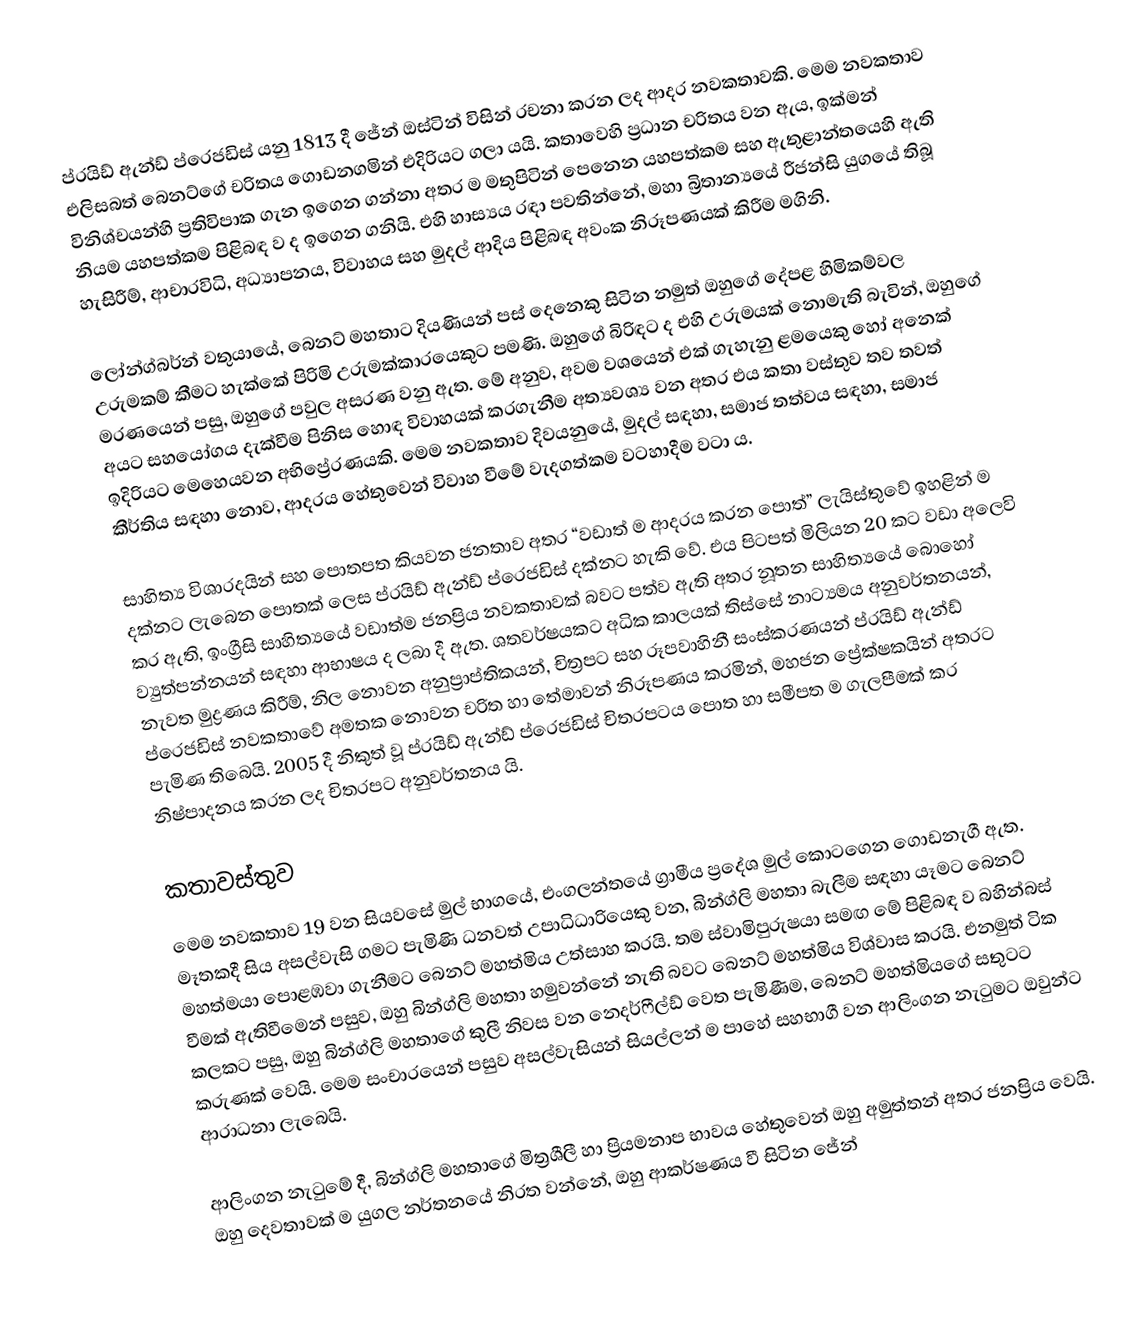
ප්රයිඩ් ඇන්ඩ් ප්රෙජඩිස්  යනු 1813 දී ජේන් ඔස්ටින් විසින් රචනා කරන ලද ආදර නවකතාවකි. මෙම නවකතාව එලිසබත් බෙනට්ගේ චරිතය ගොඩනගමින් එදිරියට ගලා යයි. කතාවෙහි ප්‍රධාන චරිතය වන ඇය, ඉක්මන් විනිශ්චයන්හි ප්‍රතිවිපාක ගැන ඉගෙන ගන්නා අතර ම මතුපිටින් පෙනෙන යහපත්කම සහ  ඇතුළාන්තයෙහි ඇති නියම යහපත්කම පිළිබඳ ව ද ඉගෙන ගනියි.  එහි හාස්‍යය රඳා පවතින්නේ, මහා බ්‍රිතාන්‍යයේ රීජන්සි යුගයේ තිබූ හැසිරීම්, ආචාරවිධි, අධ්‍යාපනය, විවාහය සහ මුදල් ආදිය පිළිබඳ අවංක නිරූපණයක් කිරීම මගිනි.

ලෝන්ග්බර්න් වතුයායේ, බෙනට් මහතාට දියණියන් පස් දෙනෙකු සිටින නමුත් ඔහුගේ දේපළ හිමිකම්වල උරුමකම් කීමට හැක්කේ පිරිමි උරුමක්කාරයෙකුට පමණි.  ඔහුගේ බිරිඳට ද එහි උරුමයක් නොමැති බැවින්, ඔහුගේ මරණයෙන් පසු, ඔහුගේ පවුල අසරණ වනු ඇත. මේ අනුව, අවම වශයෙන් එක් ගැහැනු ළමයෙකු හෝ අනෙක් අයට සහයෝගය දැක්වීම පිනිස හොඳ විවාහයක් කරගැනීම අත්‍යවශ්‍ය වන අතර එය කතා වස්තුව තව තවත් ඉදිරියට මෙහෙයවන අභිප්‍රේරණයකි.  මෙම නවකතාව දිවයනුයේ,  මුදල් සඳහා, සමාජ තත්වය සඳහා, සමාජ කීර්තිය සඳහා නොව, ආදරය හේතුවෙන් විවාහ වීමේ වැදගත්කම වටහාදීම වටා ය.

සාහිත්‍ය විශාරදයින් සහ පොතපත  කියවන ජනතාව අතර “වඩාත් ම ආදරය කරන පොත්” ලැයිස්තුවේ ඉහළින් ම දක්නට ලැබෙන පොතක් ලෙස ප්රයිඩ් ඇන්ඩ් ප්රෙජඩිස් දක්නට හැකි වේ.  එය පිටපත් මිලියන 20 කට වඩා අලෙවි කර ඇති, ඉංග්‍රීසි සාහිත්‍යයේ වඩාත්ම ජනප්‍රිය නවකතාවක් බවට පත්ව ඇති අතර නූතන සාහිත්‍යයේ බොහෝ ව්‍යුත්පන්නයන් සඳහා ආභාෂය ද ලබා දී ඇත. ශතවර්ෂයකට අධික කාලයක් තිස්සේ නාට්‍යමය අනුවර්තනයන්, නැවත මුද්‍රණය කිරීම්, නිල නොවන අනුප්‍රාප්තිකයන්, චිත්‍රපට සහ රූපවාහිනී සංස්කරණයන් ප්රයිඩ් ඇන්ඩ් ප්රෙජඩිස් නවකතාවේ අමතක නොවන චරිත හා තේමාවන් නිරූපණය කරමින්, මහජන ප්‍රේක්ෂකයින් අතරට පැමිණ තිබෙයි.  2005 දී නිකුත් වූ ප්රයිඩ් ඇන්ඩ් ප්රෙජඩිස් චිත‍්‍රපටය පොත හා සමීපත ම ගැලපීමක් කර නිෂ්පාදනය කරන ලද චිත‍්‍රපට අනුවර්තනය යි.

කතාවස්තුව
මෙම නවකතාව 19 වන සියවසේ මුල් භාගයේ, එංගලන්තයේ ග්‍රාමීය ප්‍රදේශ මුල් කොටගෙන ගොඩනැගී ඇත.  මෑතකදී සිය අසල්වැසි ගමට පැමිණි ධනවත් උපාධිධාරියෙකු වන, බින්ග්ලි මහතා බැලීම සඳහා යෑමට බෙනට් මහත්මයා පොළඹවා ගැනීමට බෙනට් මහත්මිය උත්සාහ කරයි. තම ස්වාමිපුරුෂයා සමඟ මේ පිළිබඳ ව බහින්බස් වීමක් ඇතිවීමෙන් පසුව, ඔහු බින්ග්ලි මහතා හමුවන්නේ නැති බවට බෙනට් මහත්මිය විශ්වාස කරයි.  එනමුත් ටික කලකට පසු, ඔහු බින්ග්ලි මහතාගේ කුලී නිවස වන නෙදර්ෆීල්ඩ් වෙත පැමිණීම, බෙනට් මහත්මියගේ සතුටට කරුණක් වෙයි.  මෙම සංචාරයෙන් පසුව අසල්වැසියන් සියල්ලන් ම පාහේ සහභාගී වන ආලිංගන නැටුමට ඔවුන්ට ආරාධනා ලැබෙයි.

ආලිංගන නැටුමේ දී, බින්ග්ලි මහතාගේ මිත්‍රශීලී හා ප්‍රියමනාප භාවය හේතුවෙන් ඔහු අමුත්තන් අතර ජනප්‍රිය වෙයි. ඔහු දෙවතාවක් ම යුගල නර්තනයේ නිරත වන්නේ, ඔහු ආකර්ෂණය වී සිටින ජේන්